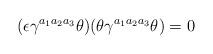
LaTeX: \begin{align*}(\epsilon \gamma^{a_1 a_2 a_3} \theta ) ( \theta \gamma^{a_1 a_2 a_3} \theta ) = 0 \end{align*}